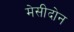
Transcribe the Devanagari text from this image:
मेसीदोन